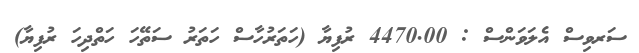
ސަރވިސް އެލަވަންސް : 4470.00 ރުފިޔާ (ހަތަރުހާސް ހަތަރު ސަތޭހަ ހަތްދިހަ ރުފިޔާ)